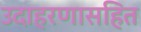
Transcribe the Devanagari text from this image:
उदाहरणासहित